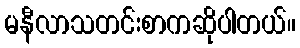
မနီလာသတင်းစာကဆိုပါတယ်။